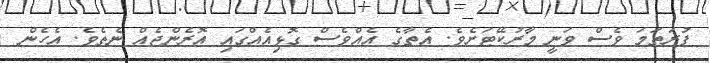
ފުރަތަމަ ވެސް ވަނީ މާރުކޭޓަށެވެ. އެތާގެ އެއްވެސް ގޮޅިއެއްގައި އޮރެންޖެއް ނެތެވެ. އެހެން